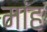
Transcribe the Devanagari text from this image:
मांह